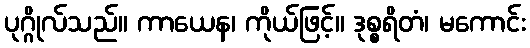
ပုဂ္ဂိုလ်သည်။ ကာယေန၊ ကိုယ်ဖြင့်။ ဒုစ္စရိတံ၊ မကောင်း